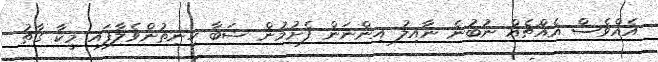
އެއްވެސް އެއްޗެއް ނުބުނެ ނާއިލު އިންނަން ފެށުމުން ޝަބާ ހިނިތުންވެލާފައި މީކާ ގާތު